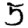
Digit: 5